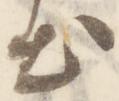
出